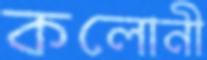
কলোনী